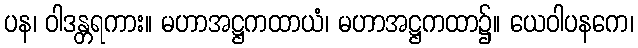
ပန၊ ဝါဒန္တရကား။ မဟာအဋ္ဌကထာယံ၊ မဟာအဋ္ဌကထာ၌။ ယေဝါပနကေ၊